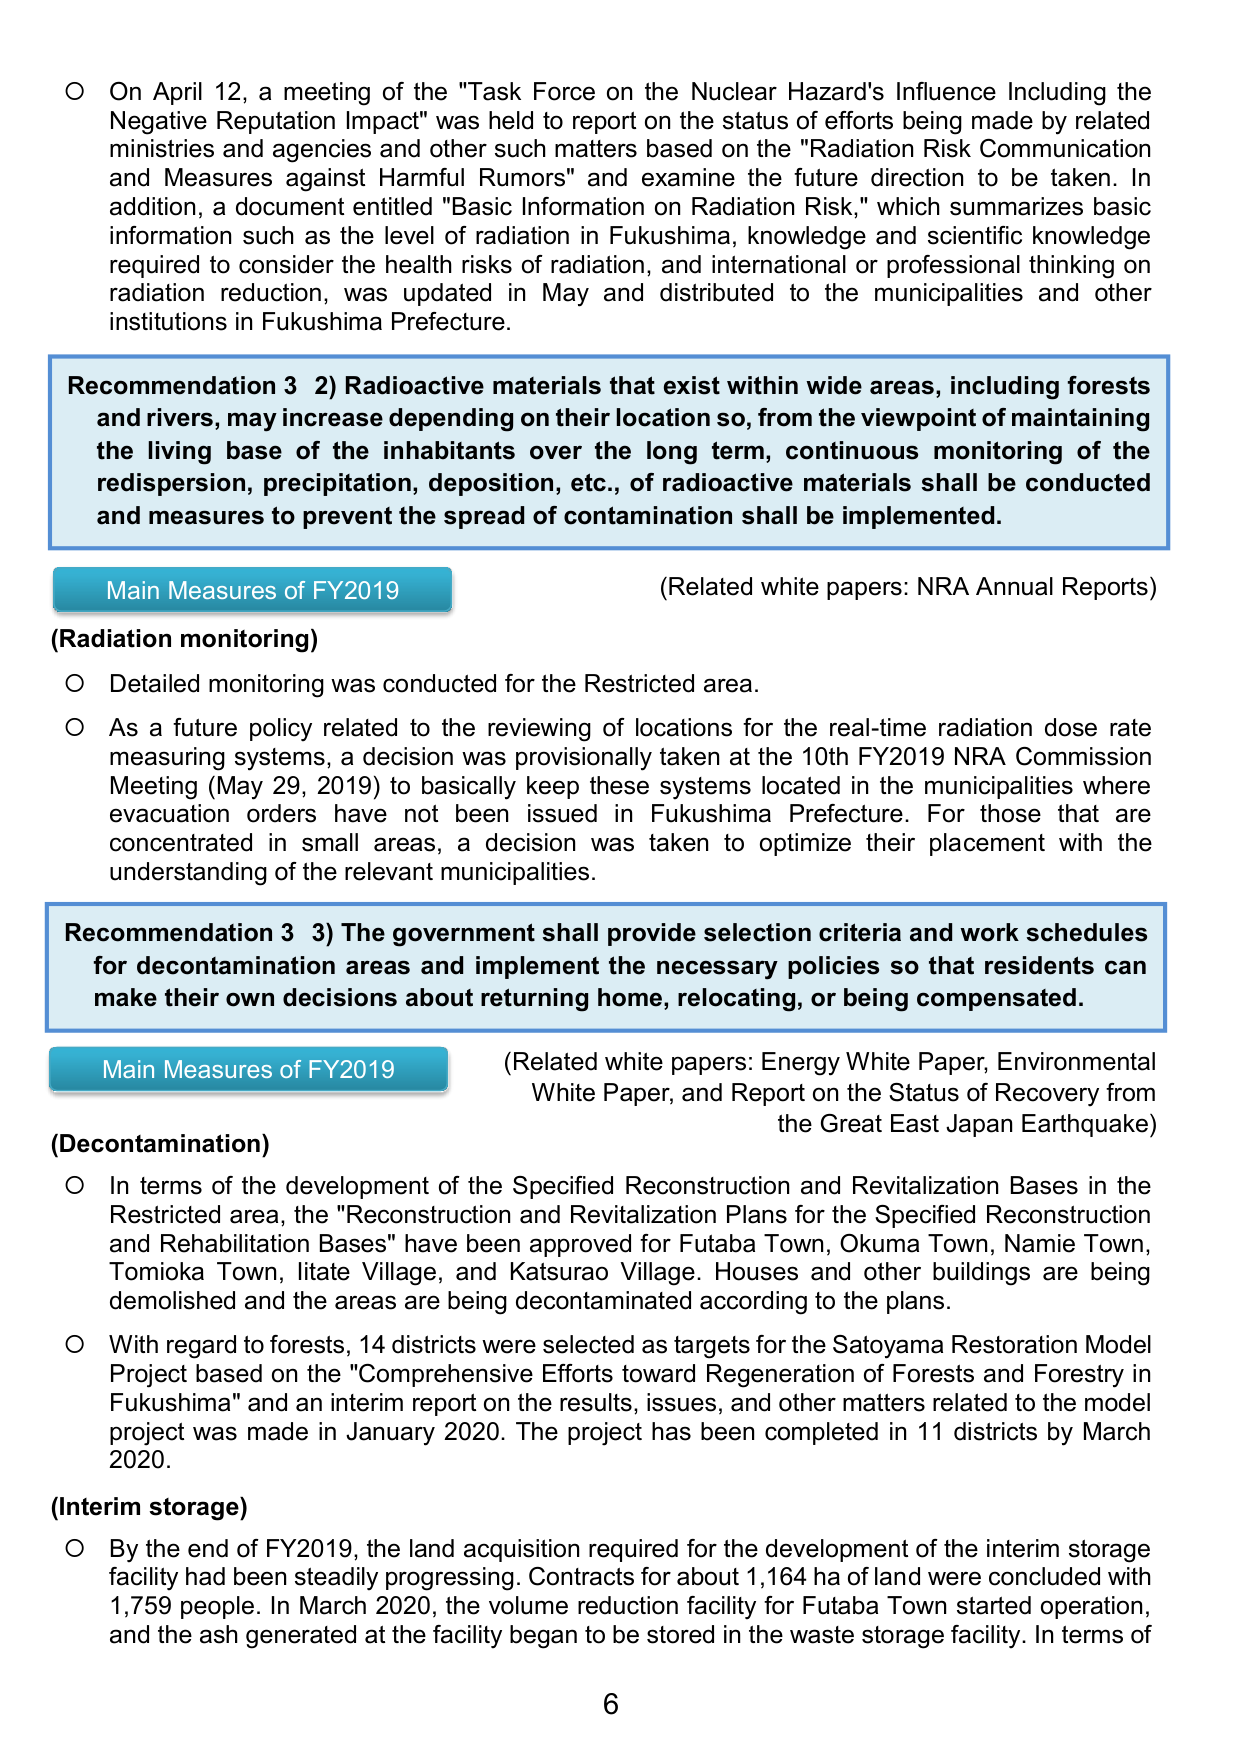
On April 12, a meeting of the "Task Force on the Nuclear Hazard's Influence Including the Negative Reputation Impact" was held to report on the status of efforts being made by related ministries and agencies and other such matters based on the "Radiation Risk Communication and Measures against Harmful Rumors" and examine the future direction to be taken. In addition, a document entitled "Basic Information on Radiation Risk," which summarizes basic information such as the level of radiation in Fukushima, knowledge and scientific knowledge required to consider the health risks of radiation, and international or professional thinking on radiation reduction, was updated in May and distributed to the municipalities and other institutions in Fukushima Prefecture.

Recommendation 3 2) Radioactive materials that exist within wide areas, including forests and rivers, may increase depending on their location so, from the viewpoint of maintaining the living base of the inhabitants over the long term, continuous monitoring of the redispersion, precipitation, deposition, etc., of radioactive materials shall be conducted and measures to prevent the spread of contamination shall be implemented.

Main Measures of FY2019
(Related white papers: NRA Annual Reports)
(Radiation monitoring)
○ Detailed monitoring was conducted for the Restricted area.
○ As a future policy related to the reviewing of locations for the real-time radiation dose rate measuring systems, a decision was provisionally taken at the 10th FY2019 NRA Commission Meeting (May 29, 2019) to basically keep these systems located in the municipalities where evacuation orders have not been issued in Fukushima Prefecture. For those that are concentrated in small areas, a decision was taken to optimize their placement with the understanding of the relevant municipalities.

Recommendation 3 3) The government shall provide selection criteria and work schedules for decontamination areas and implement the necessary policies so that residents can make their own decisions about returning home, relocating, or being compensated.

Main Measures of FY2019
(Related white papers: Energy White Paper, Environmental White Paper, and Report on the Status of Recovery from the Great East Japan Earthquake)
(Decontamination)
○ In terms of the development of the Specified Reconstruction and Revitalization Bases in the Restricted area, the "Reconstruction and Revitalization Plans for the Specified Reconstruction and Rehabilitation Bases" have been approved for Futaba Town, Okuma Town, Namie Town, Tomioka Town, Iitate Village, and Katsurao Village. Houses and other buildings are being demolished and the areas are being decontaminated according to the plans.
○ With regard to forests, 14 districts were selected as targets for the Satoyama Restoration Model Project based on the "Comprehensive Efforts toward Regeneration of Forests and Forestry in Fukushima" and an interim report on the results, issues, and other matters related to the model project was made in January 2020. The project has been completed in 11 districts by March 2020.

(Interim storage)
○ By the end of FY2019, the land acquisition required for the development of the interim storage facility had been steadily progressing. Contracts for about 1,164 ha of land were concluded with 1,759 people. In March 2020, the volume reduction facility for Futaba Town started operation, and the ash generated at the facility began to be stored in the waste storage facility. In terms of

6